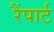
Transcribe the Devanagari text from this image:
रैंपार्ट